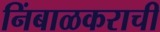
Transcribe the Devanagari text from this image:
निंबाळकराची